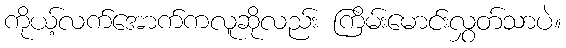
ကိုယ့်လက်အောက်ကလူဆိုလည်း ကြိမ်းမောင်းလွှတ်သာပဲ။